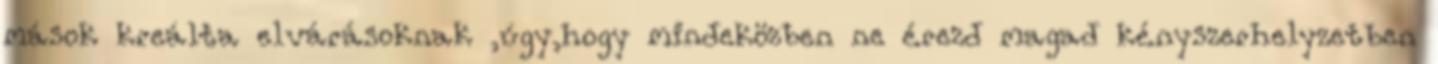
mások kreálta elvárásoknak ,úgy,hogy mindeközben ne érezd magad kényszerhelyzetben